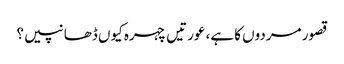
قصور مردوں کا ہے، عورتیں چہرہ کیوں ڈھانپیں؟